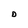
Character: D